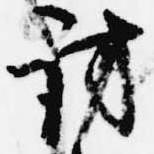
訪